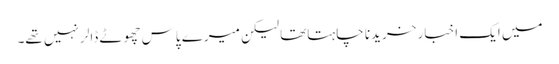
میں ایک اخبار خریدنا چاہتاتھا لیکن میرے پاس چھوٹے ڈالر نہیں تھے۔